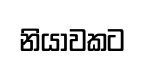
නියාවකට